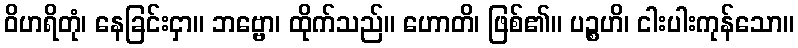
ဝိဟရိတုံ၊ နေခြင်းငှာ။ ဘဗ္ဗော၊ ထိုက်သည်။ ဟောတိ၊ ဖြစ်၏။ ပဉ္စဟိ၊ ငါးပါးကုန်သော။